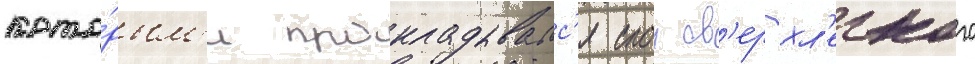
кото́рым'и прокладывалс'я слои св'ерхл'егкого